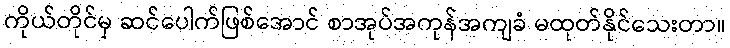
ကိုယ်တိုင်မှ ဆင်ပေါက်ဖြစ်အောင် စာအုပ်အကုန်အကျခံ မထုတ်နိုင်သေးတာ။